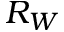
R _ { W }